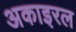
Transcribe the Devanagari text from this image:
अकाइरल